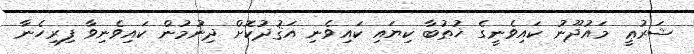
ޝަރުޢީ މައުޛޫނު ކައިވެނީގެ ޚުޠުބާ ކިޔައި ކައިވެނި އަޤުދުކޮށް ދިނުމުން ކައިވެނިވާ ފިރިހެނާ